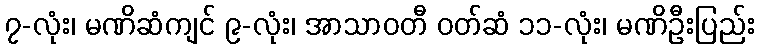
၇-လုံး၊ မဏိဆံကျင် ၉-လုံး၊ အာသာဝတီ ဝတ်ဆံ ၁၁-လုံး၊ မဏိဦးပြည်း